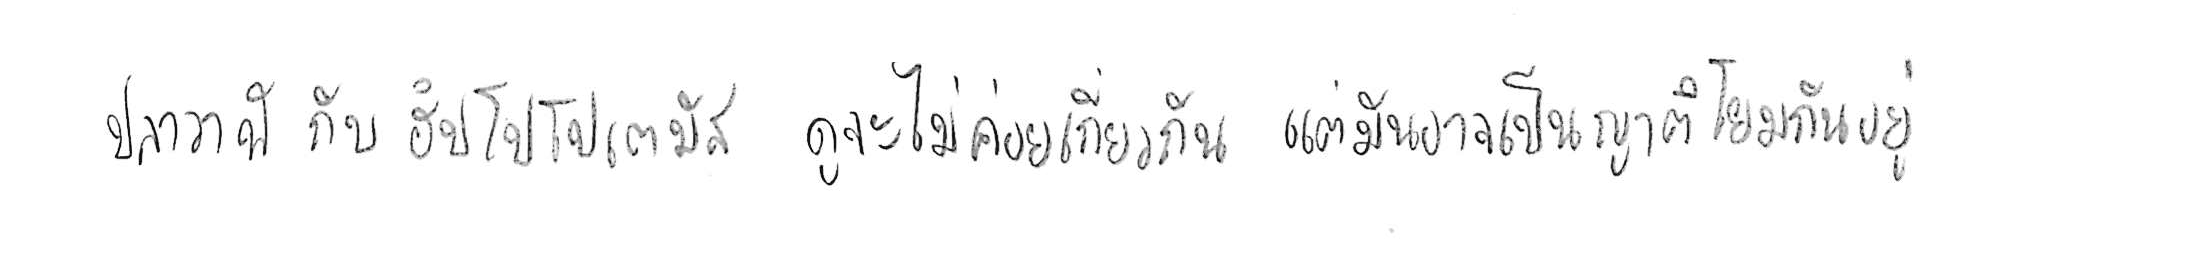
ปลาวาฬ กับ ฮิปโปโปเตมัส ดูจะไม่ค่อยเกี่ยวกัน แต่มันอาจเป็นญาติโยมกันอยู่